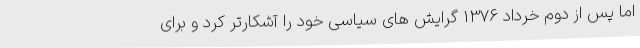
اما پس از دوم خرداد 1376 گرایش های سیاسی خود را آشکارتر کرد و برای